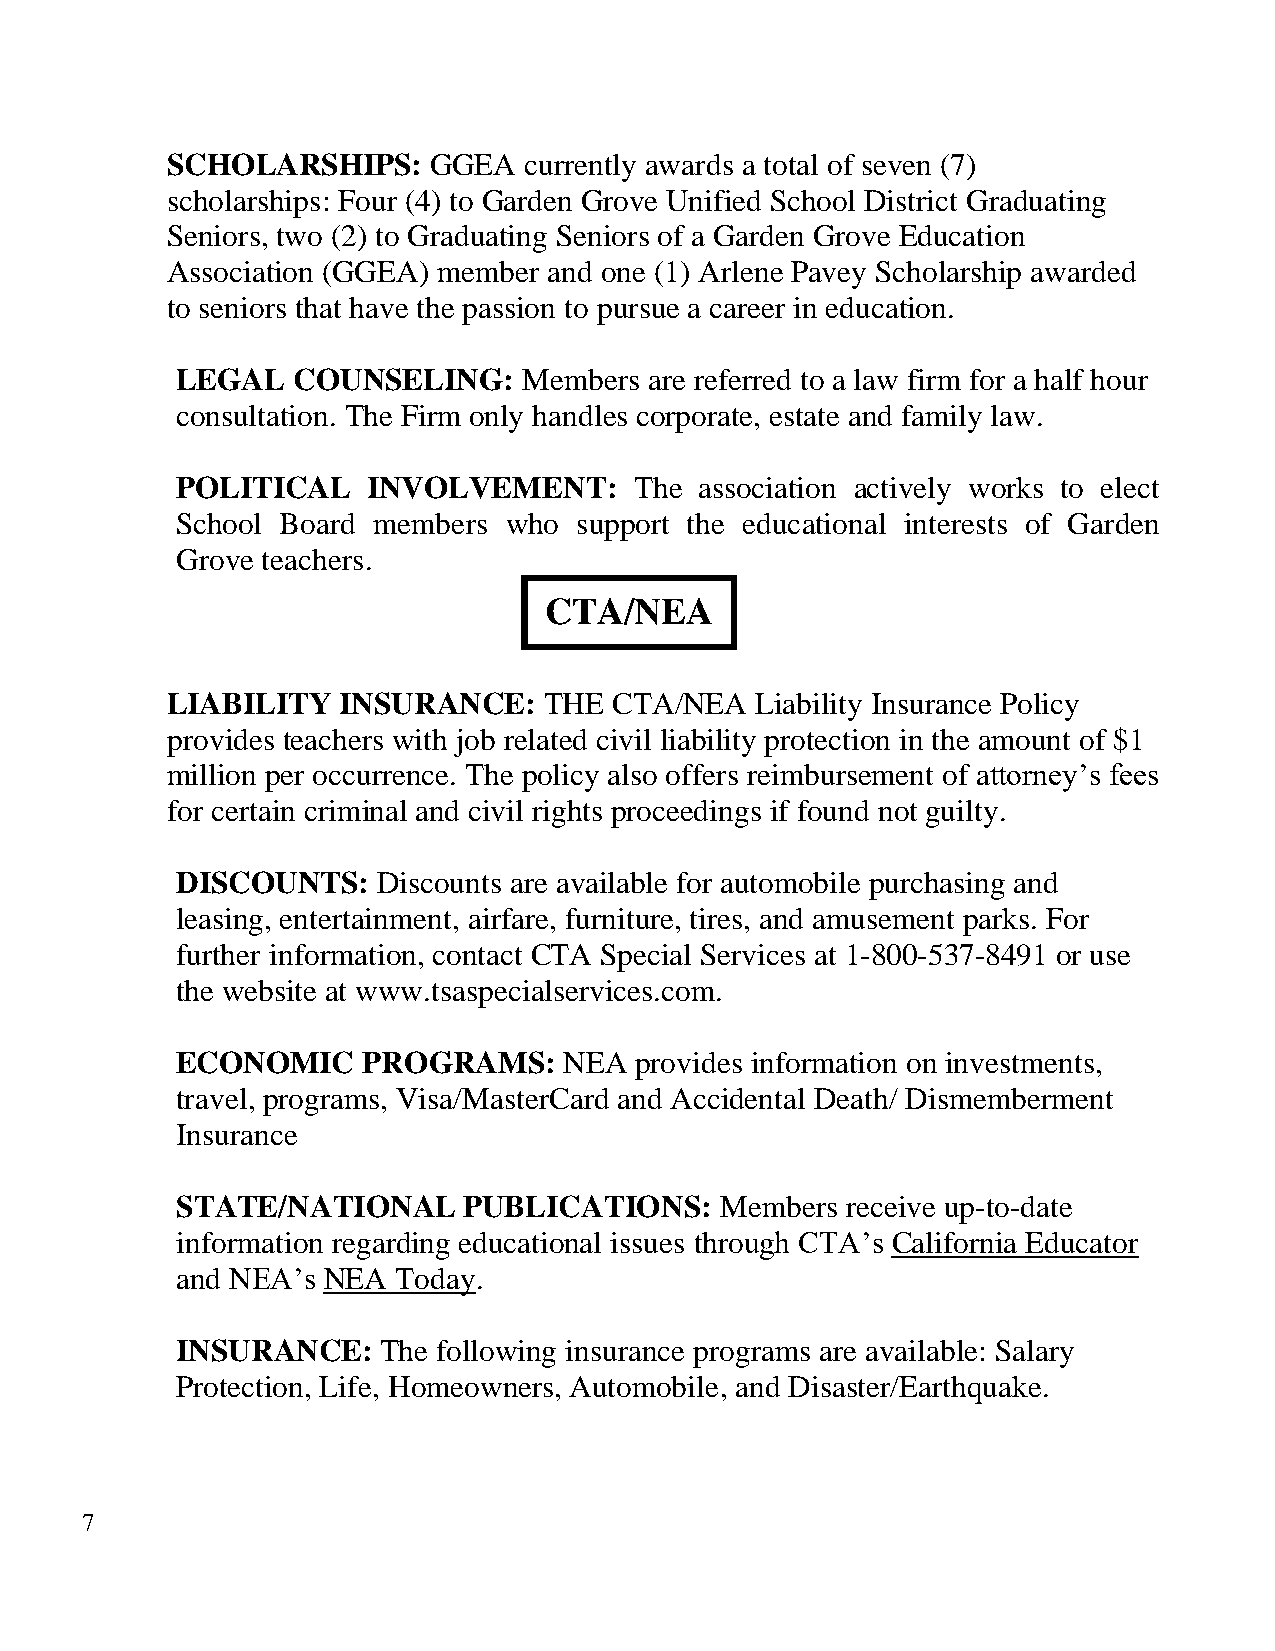
SCHOLARSHIPS:    GGEA   currently awards a total of seven (7)
 scholarships: Four (4) to Garden Grove Unified School District Graduating
 Seniors, two (2) to Graduating Seniors of a Garden Grove Education
 Association (GGEA) member and one (1) Arlene Pavey Scholarship awarded
 to seniors that have the passion to pursue a career in education.
 LEGAL  COUNSELING:     Members are referred to a law firm for a half hour
 consultation. The Firm only handles corporate, estate and family law.
 POLITICAL   INVOLVEMENT:      The association actively works to elect
 School Board members who  support the educational interests of Garden
 Grove teachers.
 CTA/NEA
 LIABILITY  INSURANCE:    THE  CTA/NEA  Liability Insurance Policy
 provides teachers with job related civil liability protection in the amount of $1
 million per occurrence. The policy also offers reimbursement of attorney’s fees
 for certain criminal and civil rights proceedings if found not guilty.
 DISCOUNTS:   Discounts are available for automobile purchasing and
 leasing, entertainment, airfare, furniture, tires, and amusement parks. For
 further information, contact CTA Special Services at 1-800-537-8491 or use
 the website at www.tsaspecialservices.com.
 ECONOMIC    PROGRAMS:    NEA  provides information on investments,
 travel, programs, Visa/MasterCard and Accidental Death/ Dismemberment
 Insurance
 STATE/NATIONAL     PUBLICATIONS:    Members receive up-to-date
 information regarding educational issues through CTA’s California Educator
 and NEA’s NEA Today.
 INSURANCE:   The following insurance programs are available: Salary
 Protection, Life, Homeowners, Automobile, and Disaster/Earthquake.
 7